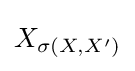
X_{\sigma \left(X,X'\right)}